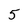
Character: 5